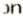
ON